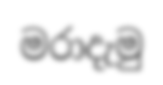
මරාදැමු